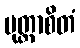
မုတ္တာစိတံ